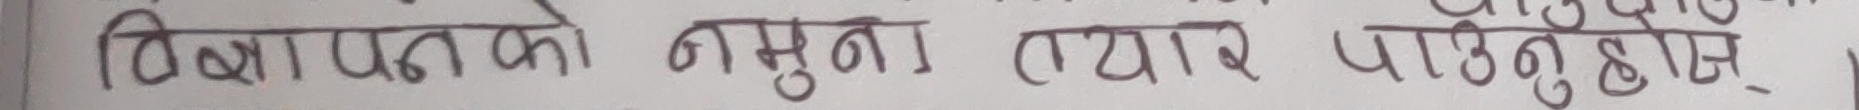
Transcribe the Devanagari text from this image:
विज्ञापनको नमुना तयार पार्नुहोस्-